Veterinary [1909] -
Year: 1909
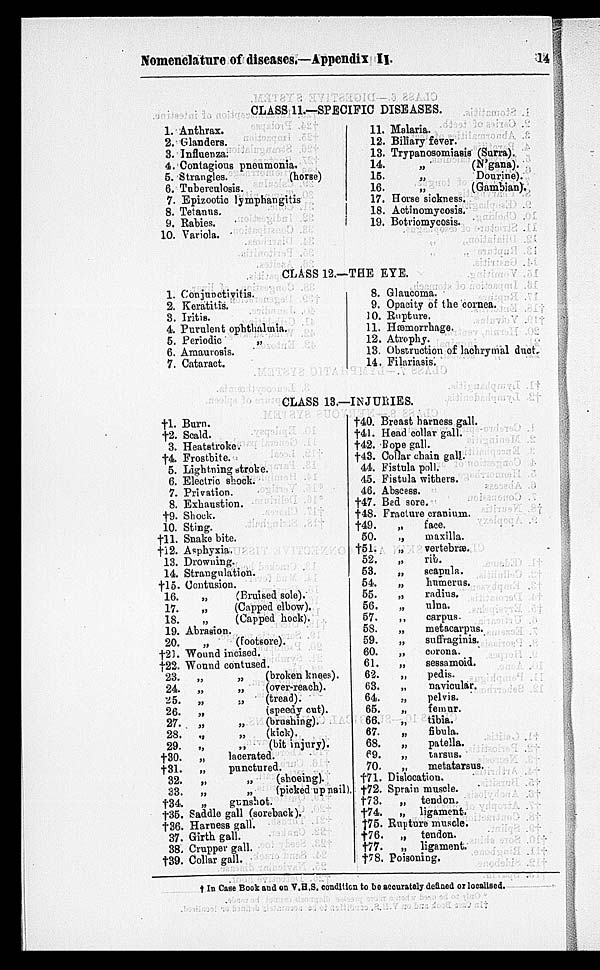
Nomenclature of diseases.—Appendix
II.
14
CLASS 11.—SPECIFIC DISEASES.
1.
2.
3.
4.
5.
6.
7.
8.
9.
10.
Anthrax.
Glanders.
Influenza.
Contagious pneumonia.
Strangles.
(horse)
Tuberculosis.
Epizootio lymphangitis
Tetanus.
Rabies.
Variola.
11.
12.
13.
14.
15.
16.
17.
18.
19.
Malaria.
Biliary fever.
Trypanosomiasis (Surra).
„
(N'gana).
„
Dourine).
„
(Gambian).
Horse sickness.
Actinomycosis.
Botriomycosis.
CLASS 12.—THE EYE.
1.
2.
3.
4.
5.
6.
7.
Conjunctivitis.
Keratitis.
Iritis.
Purulent ophthalmia.
Periodic
„
Amaurosis.
Cataract.
8.
9.
10.
11.
12.
13.
14.
Glaucoma.
Opacity of the cornea.
Rupture.
Hæmorrhage.
Atrophy.
Obstruction of lachrymal duct.
Filariasis.
CLASS 13.—INJURIES.
†1.
†2. 3.
†4.
5.
6.
7.
8.
†9.
10.
†11.
†12.
13.
14.
†15.
16.
17.
18.
19.
20.
†21.
†22.
23.
24.
25.
26.
27.
28.
29.
†30.
†31.
32.
33.
†34.
†35.
†36.
37.
38.
†39.
Burn.
Scald.
Heatstroke.
Frostbite.
Lightning stroke.
Electric shock.
Privation.
Exhaustion.
Shock.
Sting.
Snake bite.
Asphyxia.
Drowning.
Strangulation.
Contusion.
„
(Bruised sole).
„
(Capped elbow).
„
(Capped hock).
Abrasion.
„
(footsore).
Wound incised.
Wound contused.
„
„
(broken knees).
„
„
(over-reach).
„
„
(tread).
„
(speedy cut).
„
„
(brushing).
„
„
(kick).
„
„
(bit injury).
„
lacerated.
„
punctured.
„
„
(shoeing).
„
„
(picked up nail)
„
gunshot.
Saddle gall (soreback).
Harness gall.
Girth gall.
Crupper gall.
Collar gall.
†40.
†41.
†42.
†43.
44.
45.
46.
†47.
†48.
†49.
50.
†51.
52.
53.
54.
55.
56.
57.
58.
59.
60.
61.
62.
63.
64.
65.
66.
67.
68.
69.
70.
†71.
†72.
†73.
†74.
†75.
†76
†77.
†78
Breast harness gall.
Head collar gall.
Bope gall.
Collar chain gall.
Fistula poll.
Fistula withers.
Abscess.
Bad sore.
Fracture cranium.
„
face.
„
maxilla.
„
vertebrae.
„
rib.
„
scapula.
„
humerus.
„
radius.
„
ulna.
„
carpus.
„
metacarpus.
„
suffraginis.
„
corona.
„
sessamoid.
„
pedis.
„
navicular.
.,
pelvis.
„
femur.
„
tibia.
„
fibula.
„
patella.
„
tarsus.
„
metatarsus.
Dislocation.
Sprain muscle.
„
tendon.
„
ligament.
Rupture muscle.
„
tendon.
„ ligament.
Poisoning.
† In Case Book and on V.H.S. condition to be accurately defined or localised.